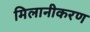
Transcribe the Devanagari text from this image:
मिलानीकरण